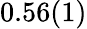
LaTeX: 0.56(1)